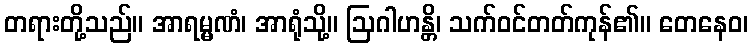
တရားတို့သည်။ အာရမ္မဏံ၊ အာရုံသို့။ ဩဂါဟန္တိ၊ သက်ဝင်တတ်ကုန်၏။ တေနေဝ၊